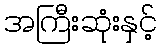
အကြီးဆုံးနှင့်